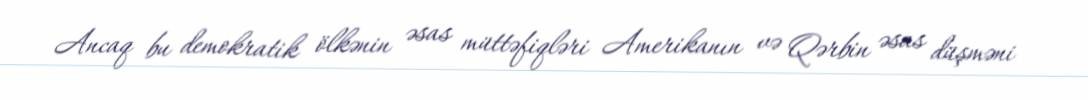
Ancaq bu demokratik ölkənin əsas müttəfiqləri Amerikanın və Qərbin əsas düşməni